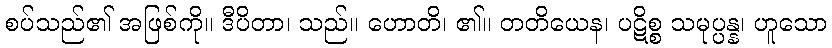
စပ်သည်၏ အဖြစ်ကို။ ဒီပိတာ၊ သည်။ ဟောတိ၊ ၏။ တတိယေန၊ ပဋိစ္စ သမုပ္ပန္န၊ ဟူသော